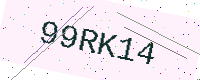
Text: 99RK14